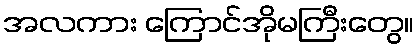
အလကား ကြောင်အိုမကြီးတွေ။